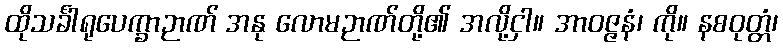
ထိုသင်္ခါရုပေက္ခာဉာဏ် အနု လောမဉာဏ်တို့၏ အလို့ငှါ။ အာဝဇ္ဇနံ၊ ကို။ နစဝုတ္တံ၊